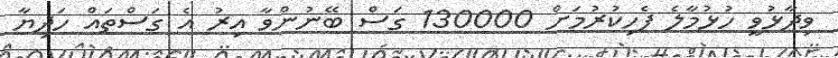
ވިދާޅުވީ ހުޅުމާލެ ފެހިކުރުމަށް 130000 ގަސް ބޭނުންވާ އިރު އެ ގަސްތައް ހަދިޔާ